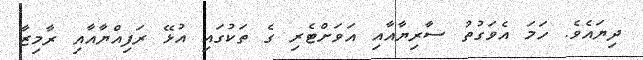
ދިޔައެވެ. ހަމަ އެވަގުތު ސާރިޔާއާއި އަވަށްޓެރި ގެ ތަކުގައި އުޅޭ ރަފިއްޔާއާއި ރާމިޒާ